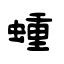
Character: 蝩